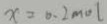
x = 0 . 2 m o l